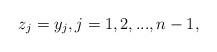
LaTeX: \begin{align*}z_j=y_j, j=1,2,...,n-1,\end{align*}